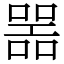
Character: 噐